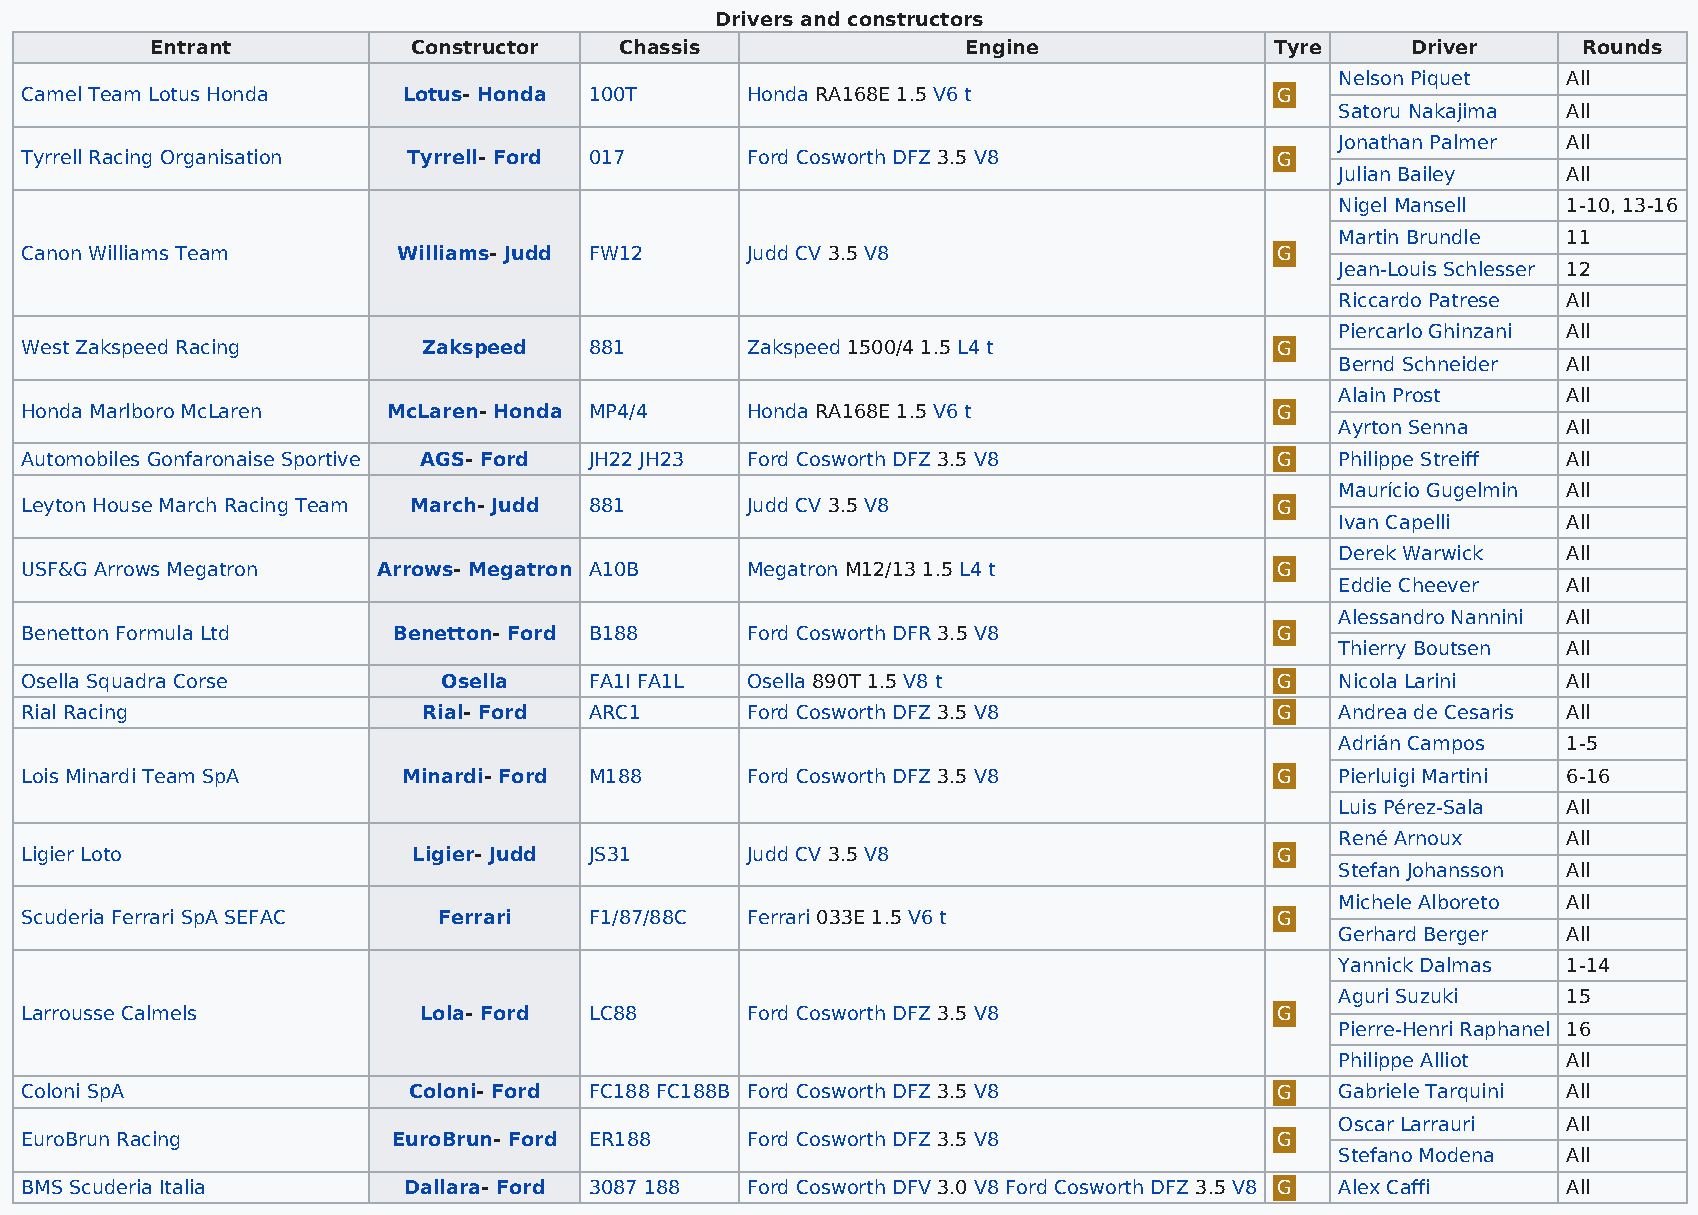
Drivers and constructors
 Entrant          Constructor   Chassis                Engine              Tyre     Driver      Rounds
 Nelson Piquet  All
 Camel Team Lotus Honda    Lotus- Honda 100T     Honda RA168E 1.5 V6 t               G
 Satoru Nakajima All
 Jonathan Palmer All
 Tyrrell Racing Organisation Tyrrell- Ford 017   Ford Cosworth DFZ 3.5 V8            G
 Julian Bailey  All
 Nigel Mansell  1-10, 13-16
 Martin Brundle 11
 Canon Williams Team      Williams- Judd FW12    Judd CV 3.5 V8                      G
 Jean-Louis Schlesser 12
 Riccardo Patrese All
 Piercarlo Ghinzani All
 West Zakspeed Racing       Zakspeed   881       Zakspeed 1500/4 1.5 L4 t            G
 Bernd Schneider All
 Alain Prost    All
 Honda Marlboro McLaren   McLaren- Honda MP4/4   Honda RA168E 1.5 V6 t               G
 Ayrton Senna   All
 Automobiles Gonfaronaise Sportive AGS- Ford JH22 JH23 Ford Cosworth DFZ 3.5 V8      G   Philippe Streiff All
 Maurício Gugelmin All
 Leyton House March Racing Team March- Judd 881  Judd CV 3.5 V8                      G
 Ivan Capelli   All
 Derek Warwick  All
 USF&G Arrows Megatron   Arrows- Megatron A10B   Megatron M12/13 1.5 L4 t            G
 Eddie Cheever  All
 Alessandro Nannini All
 Benetton Formula Ltd     Benetton- Ford B188    Ford Cosworth DFR 3.5 V8            G
 Thierry Boutsen All
 Osella Squadra Corse        Osella    FA1I FA1L Osella 890T 1.5 V8 t                G   Nicola Larini  All
 Rial Racing                Rial- Ford ARC1      Ford Cosworth DFZ 3.5 V8            G   Andrea de Cesaris All
 Adrián Campos  1-5
 Lois Minardi Team SpA     Minardi- Ford M188    Ford Cosworth DFZ 3.5 V8            G   Pierluigi Martini 6-16
 Luis Pérez-Sala All
 René Arnoux    All
 Ligier Loto               Ligier- Judd JS31     Judd CV 3.5 V8                      G
 Stefan Johansson All
 Michele Alboreto All
 Scuderia Ferrari SpA SEFAC  Ferrari   F1/87/88C Ferrari 033E 1.5 V6 t               G
 Gerhard Berger All
 Yannick Dalmas 1-14
 Aguri Suzuki   15
 Larrousse Calmels          Lola- Ford LC88      Ford Cosworth DFZ 3.5 V8            G
 Pierre-Henri Raphanel 16
 Philippe Alliot All
 Coloni SpA                Coloni- Ford FC188 FC188B Ford Cosworth DFZ 3.5 V8        G   Gabriele Tarquini All
 Oscar Larrauri All
 EuroBrun Racing          EuroBrun- Ford ER188   Ford Cosworth DFZ 3.5 V8            G
 Stefano Modena All
 BMS Scuderia Italia       Dallara- Ford 3087 188 Ford Cosworth DFV 3.0 V8 Ford Cosworth DFZ 3.5 V8 G Alex Caffi All